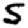
Digit: 5